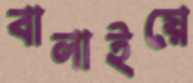
বালাইয়ে